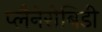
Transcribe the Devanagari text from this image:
प्लैनेरोबिडी